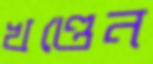
খণ্ডেন